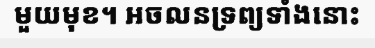
មួយមុខ។ អចលនទ្រព្យទាំងនោះ